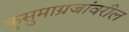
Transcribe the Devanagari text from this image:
कुसुमाग्रजांवरील